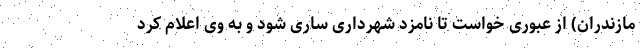
مازندران) از عبوری خواست تا نامزد شهرداری ساری شود و به وی اعلام کرد